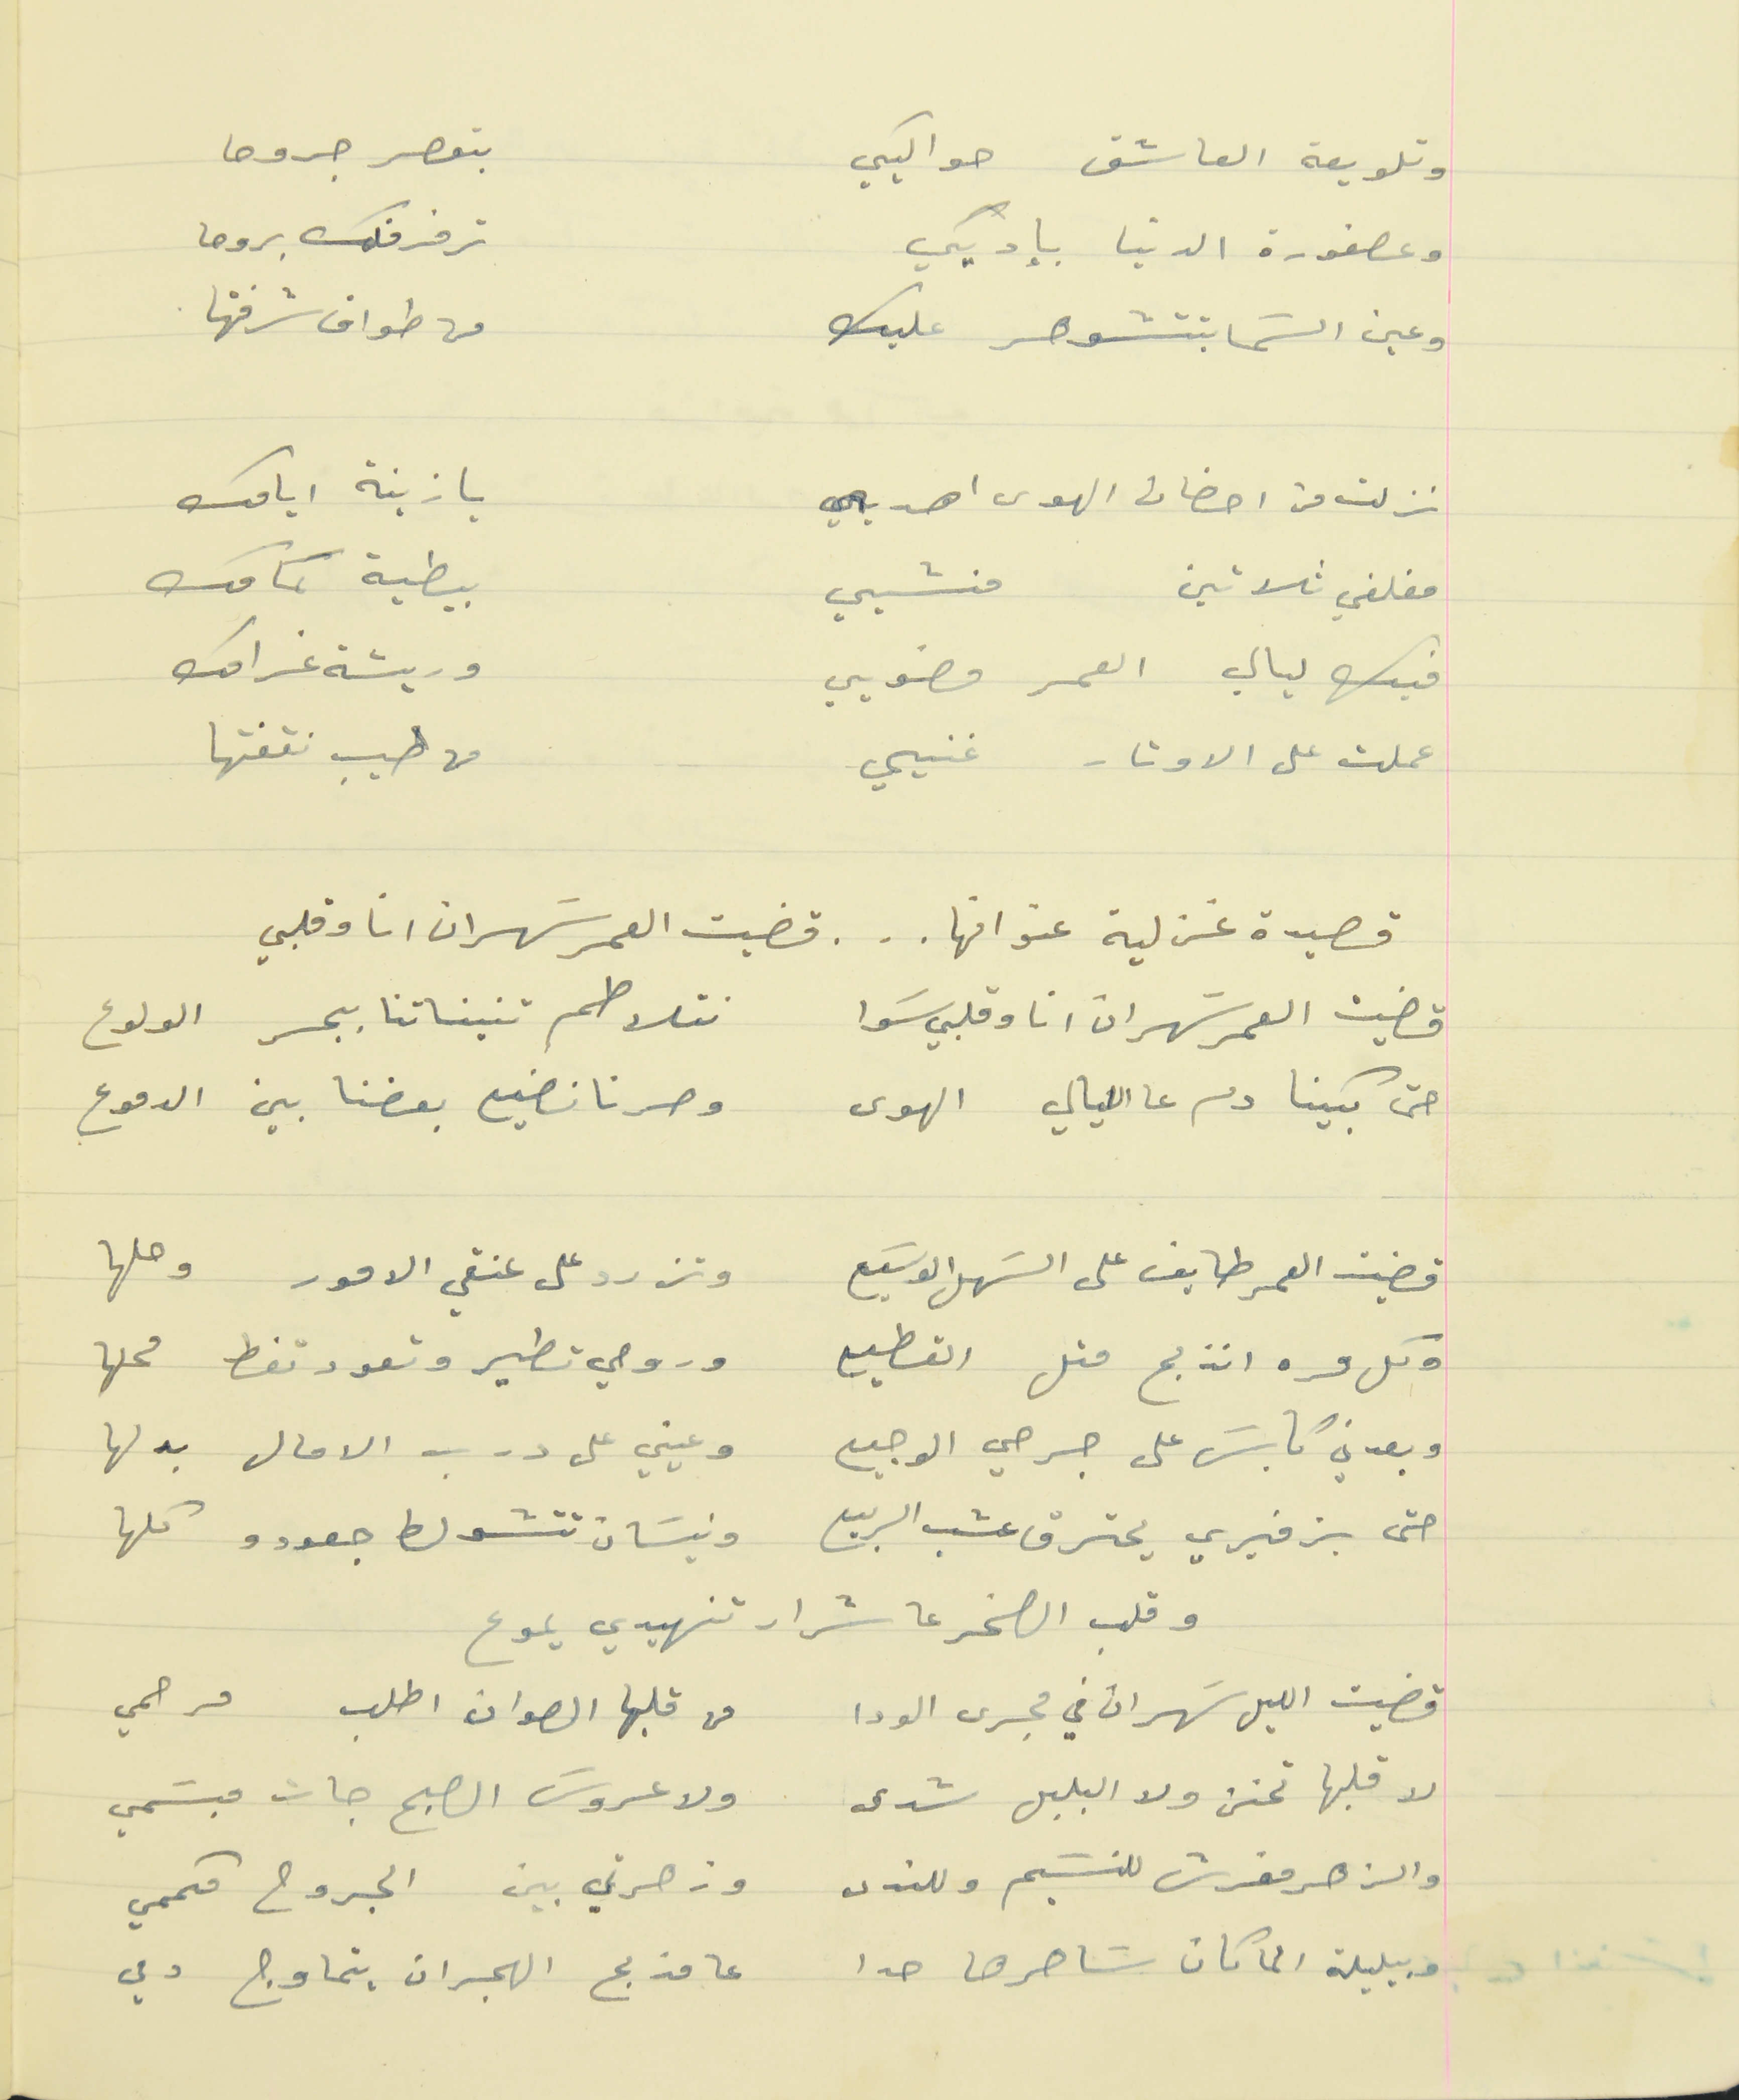
وتلويعة العاشق حواليكي                                      بتعصر جروحا
وعصفورة الدنيا بإديكي                                      ترفرفلك بروحا
وعين السَما بتتشوهر عليك                                       من طواف شرفتها
نزلت من احضان الهوى اهربي                                      يا زينة  ايامك
مغلفي ثلاثين     منشيي                                      بيطية كمامك
فيك ليالي العمر مضويي                                         وريشة غرامك
عملت على الاوتار غنيي                                      من طيب نقفتها
قصيدة غز لية عنوانها . . . قضيت العمر سَهران انا وقلبي
 قضيت العمر سَهران انا وقلبي سَوا                نتلاطم تنيناتنا ببحر الولوع
حتى بكينا دم عا الليالي الهوى                     وصرنا نضيع بعضنا بين الدموع
قضيت العمر طايف على السَهل الوسَيع                      وتزرد على عنقي الامور وحلها
وكل مره انذبح متل القطيع                    وروحي تطير وتعود تغط محلها
وبعدني كابسَ على جرحي الوجيع                    وعيني على درب الامال بدلها
حتى بزفيري يحترق عشب الربيع                     ونيسَان تتشولط جعودو كلها
وقلب الصخر عا شرار تنهيدي يموع
قضيت الليل سَهران في مجرى الودا                    من قلبها الصوان اطلب مرحمي
لا قلبها تحنن ولا البلبل شدى                    ولا عروسَ الصبح جات مبسَمي
والزهر مفرش للنسَيم وللندى                    وزهرتي بين الجروح مكممي
وبليلة الما كان سَاهرها حدا                    عا مذبح الهجران يتماوج دمي